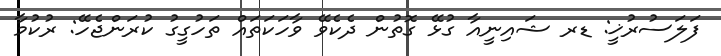
ފަލަސުރުޚީ: ޑރ ޝައިނީއާ ގުޅޭ ގޮތުން ދެކެވޭ ވާހަކަތައް ތަހުގީގު ކުރަންޖެހޭ: ރުކުމާ